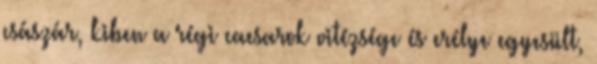
császár, kiben a régi caesarok vitézsége és erélye egyesült,